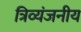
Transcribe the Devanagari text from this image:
त्रिव्यंजनीय